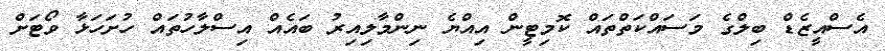
އެސްއީޒެޑް ބިލްގެ މަސައްކަތްތައް ކޮމިޓީން އިއްޔެ ނިންމާލިއިރު ބައެއް އިސްލާހުތައް ހުށަހަޅާ ވޯޓަށް